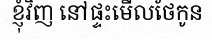
ខ្ញុំវិញ នៅផ្ទះមើលថែកូន